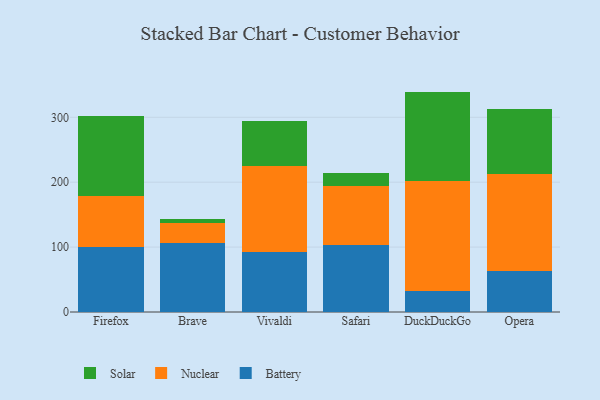
{"axis": {"x": "Browser", "y": "Production Output"}, "legend": ["Battery", "Nuclear", "Solar"], "data": [{"x": "Firefox", "y": 100.6, "type": "Battery"}, {"x": "Firefox", "y": 77.9, "type": "Nuclear"}, {"x": "Firefox", "y": 123.0, "type": "Solar"}, {"x": "Brave", "y": 106.3, "type": "Battery"}, {"x": "Brave", "y": 30.3, "type": "Nuclear"}, {"x": "Brave", "y": 7.2, "type": "Solar"}, {"x": "Vivaldi", "y": 92.1, "type": "Battery"}, {"x": "Vivaldi", "y": 132.7, "type": "Nuclear"}, {"x": "Vivaldi", "y": 70.2, "type": "Solar"}, {"x": "Safari", "y": 102.9, "type": "Battery"}, {"x": "Safari", "y": 91.0, "type": "Nuclear"}, {"x": "Safari", "y": 20.9, "type": "Solar"}, {"x": "DuckDuckGo", "y": 32.3, "type": "Battery"}, {"x": "DuckDuckGo", "y": 169.1, "type": "Nuclear"}, {"x": "DuckDuckGo", "y": 138.2, "type": "Solar"}, {"x": "Opera", "y": 63.1, "type": "Battery"}, {"x": "Opera", "y": 149.8, "type": "Nuclear"}, {"x": "Opera", "y": 99.4, "type": "Solar"}]}